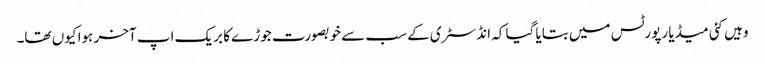
وہیں کئی میڈیا رپورٹس میں بتایا گیا کہ انڈسٹری کے سب سے خوبصورت جوڑے کا بریک اپ آخر ہوا کیوں تھا۔